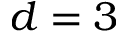
d = 3